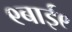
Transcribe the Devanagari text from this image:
९बाई९